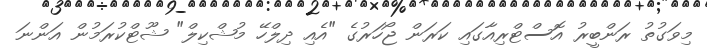
މިވަގުތު ރަންބީރު އޮސްޓްރިއާގައި ކަރަން ޖޯހަރުގެ "އެއި ދިލްހޭ މުޝްކިލް" ޝޫޓްކުރަމުން އަންނަ